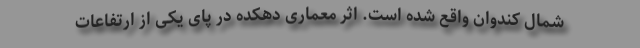
شمال کندوان واقع شده است. اثر معماری دهکده در پای یکی از ارتفاعات